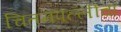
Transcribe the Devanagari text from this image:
चितमपल्लींचा